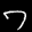
Label: 7